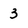
Character: 3